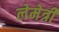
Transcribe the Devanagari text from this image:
लेमेत्री